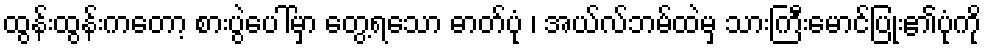
ထွန်းထွန်းကတော့ စားပွဲပေါ်မှာ တွေ့ရသော ဓာတ်ပုံ ၊ အယ်လ်ဘမ်ထဲမှ သားကြီးမောင်ပြုံး၏ပုံကို